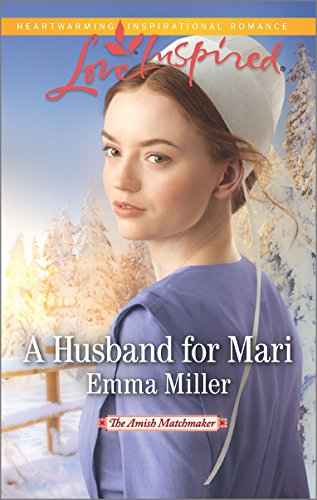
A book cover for A Husband for Mari (The Amish Matchmaker); Emma Miller; Romance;